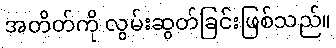
အတိတ်ကို လွမ်းဆွတ်ခြင်းဖြစ်သည်။